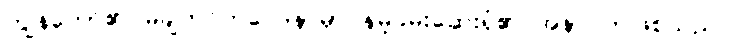
ကျွန်တော်၏ မချိတင်ကဲဝေဒနာမှာ နမ့်ခမ်းဆေးရုံ၏ အနာဂတ်ဖြစ်သည်။